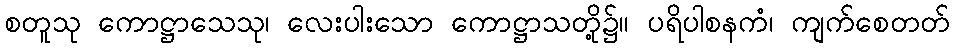
စတူသု ကောဋ္ဌာသေသု၊ လေးပါးသော ကောဋ္ဌာသတို့၌။ ပရိပါစနကံ၊ ကျက်စေတတ်